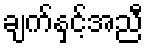
ချက်နှင့်အညီ